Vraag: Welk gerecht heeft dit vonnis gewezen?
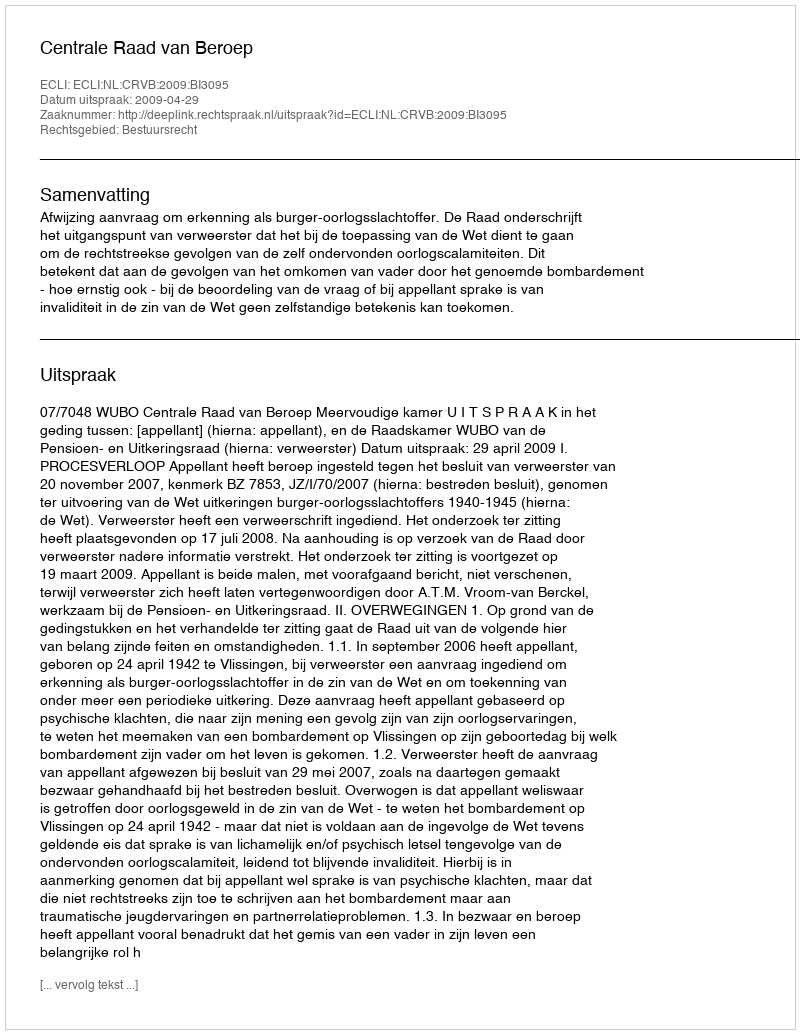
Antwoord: Centrale Raad van Beroep